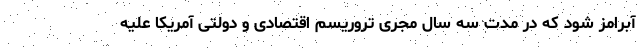
آبرامز ‌شود که در مدت سه سال مجری تروریسم اقتصادی و دولتی آمریکا علیه